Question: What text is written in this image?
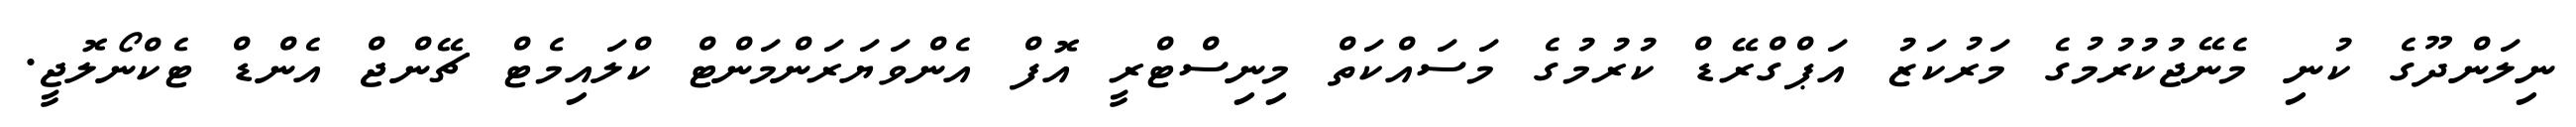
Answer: ނިލަންދޫގެ ކުނި މެނޭޖުކުރުމުގެ މަރުކަޒު އަޕްގްރޭޑް ކުރުމުގެ މަސައްކަތް މިނިސްޓްރީ އޮފް އެންވަޔަރަންމަންޓް ކްލައިމެޓް ޗޭންޖް އެންޑް ޓެކްނޯލޮޖީ.